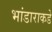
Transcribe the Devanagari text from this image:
भांडाराकडे